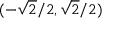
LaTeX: ( - { \sqrt { 2 } } / 2 , { \sqrt { 2 } } / 2 )